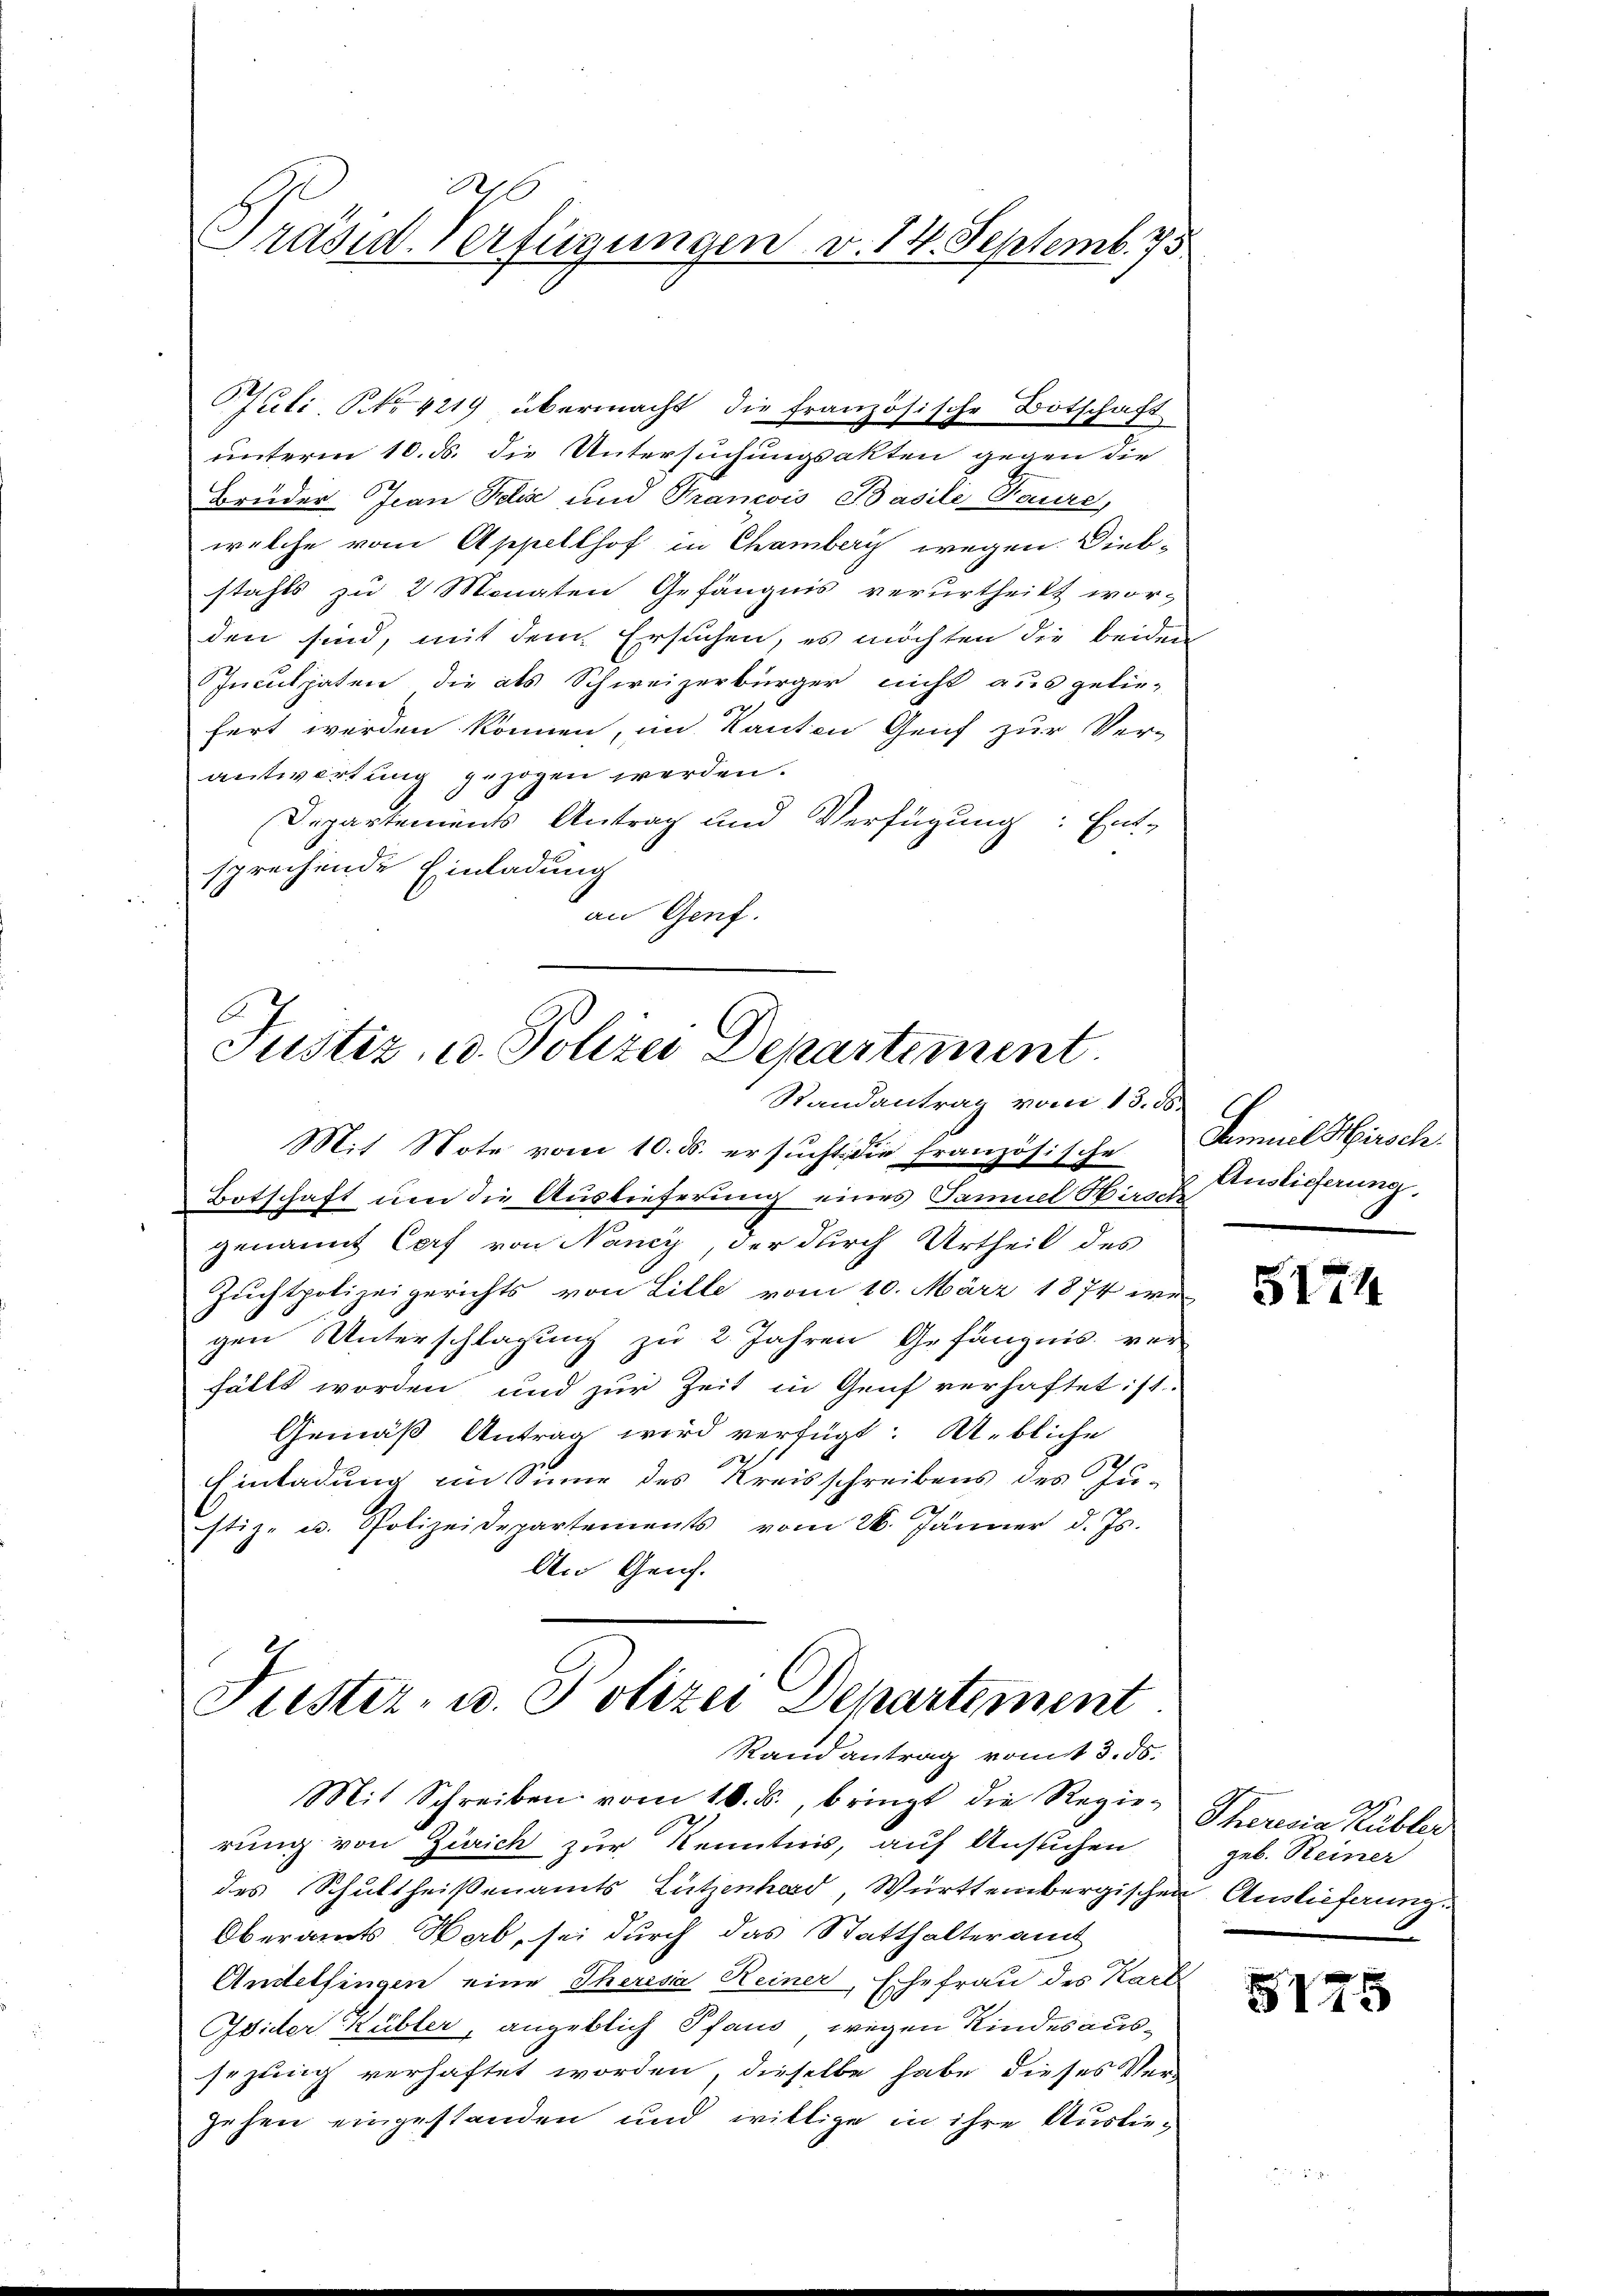
D
Präsid-Verfügungen v. 14. Septemb. 75

PJuli, No 4219 übermacht, die französische Botschaft
unterm 10. ds. die Untersuchungsakten gegen die
Brüder Jean Felix und Grancois Basili Paure,
welche vom Appellhof in Chamberg wegen. Dieb-
stahls zu 2 Monaten Gefängnis verurtheilt wor-
den sind, mit dem Ersuchen, es möchten die beiden
Inculpaten die als Schweizerbürger nicht ausgeliefert werden können, im Kanton Genf zur Ver-
antwortung gezogen werden.
Departements Antrag und Verfügung: Ent-
sprechende Einladung
an Genf.

A
Justiz, u. Polizei Departement.
Randantrag vom 13. d.

Mit Note vom 10. d. ersucht die französisehr
Botschaft um die Auslieferung eines Tamuel Hirsch
genannt Corf von Nancy, der durch Urtheil des
Zuchtpolizeigerichts von Litle vom 10. März 1874 we
gen Unterschlagung zu 2 Jahren Gefängnis ver-
fällt worden und zur Zeit in Genf verhaftet: 11.
Gemäß Antrag wird verfügt: Siebliche
2
Einladung im Sinne des Kreisschreibens des Ju-
stiz- u. Polizeidepartements vom 26. Jänner d. Js.
An Geich.

Frister, u. Polizei Departement
Randantrag vomit 3. ds.

Mit Schreiben vom 16. ds., bringt die Regie-
rung von Zürich zur Kenntnis, auf Ansuchen
des Schultheißenamts Lützenhard, Württembergischen Auslieferung.
Oberamts Herb, sei durch das Statthalteramt
Andelfingen eine Theresia Keiner, Ehefrau des Karte
Evider Kübler, angeblich Pfaus wegen Kindes aussezung verhaftet worden, dieselbe habe dieses Verzehen eingestanden und willige in ihre Auslie¬

G
Samuel Hirsch
Auslieferung,

S174

Theresia Kübler
geb. Reiner

5175